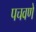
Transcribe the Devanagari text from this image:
पचवणे